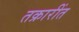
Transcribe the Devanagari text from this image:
तक्रारींत